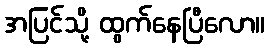
အပြင်သို့ ထွက်နေပြီလော။